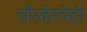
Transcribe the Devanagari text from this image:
चौल्हेरचेही